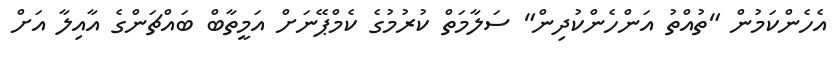
އެހެންކަމުން "ތުއްތު އަންހެންކުދިން" ސަލާމަތް ކުރުމުގެ ކެމްޕޭނަށް އަމީތާބް ބައްޗަންގެ އާއިލާ އަށް